Vaccination in Bombay 1924-1928 - 1924-1928
Year: 1924
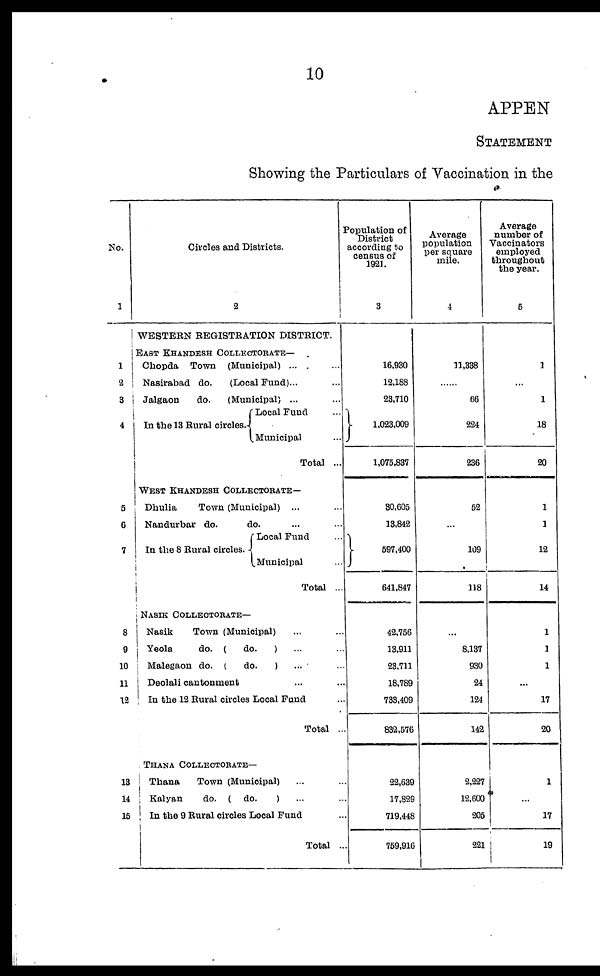
10
APPEN
STATEMENT
Showing the Particulars of Vaccination in the
No.
1
1
2
3
4
5
6
7
8
9
10
11
12
13
14
15
Circles and Districts.
2
WESTERN REGISTRATION DISTRICT.
EAST KHANDESH COLLECTORATE—
Chopda Town (Municipal) ... ...
Nasirabad do.
(Local Fund)... ...
Jalgaon
do.
(Municipal) ... ...
In the 13 Rural circles.
Local Fund ...
Municipal ...
Total ...
WEST KHANDESH COLLECTORATE—
Dhulia
Town (Municipal) ... ...
Nandurbar do.
do. ... ...
In the 8 Rural circles.
Local Fund ...
Municipal ...
Total ...
NASIK COLLECTORATE—
Nasik
Town (Municipal) ... ...
Yeola
do. (
do.
) ... ...
Malegaon do. (
do.
) ... ...
Deolali cantonment ... ...
In the 12 Rural circles Local Fund ...
Total ..
THANA COLLECTORATE—
Thana
Town (Municipal) ... ...
Kalyan
do. ( do.
) ... ...
In the 9 Rural circles Local Fund ...
Total ...
Population of
District
according to
census of
1921.
3
16,930
12,188
23,710
1,023,009
1,075,837
30,605
13,842
597,400
641,847
42,756
13,911
23,711
18,789
733,409
832,576
22,639
17,829
719,448
759,916
Average
population
per square
mile.
4
11,338
......
66
224
236
52
...
109
118
...
8,137
930
24
124
142
2,227
12,600
205
221
Average
number of
Vaccinators
employed
throughout
the year.
5
1
...
1
18
20
1
1
12
14
1
1
1
...
17
20
1
...
17
19